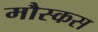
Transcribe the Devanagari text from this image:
मौस्कस